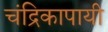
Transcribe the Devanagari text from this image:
चंद्रिकापायी